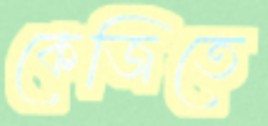
কেজিতে